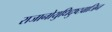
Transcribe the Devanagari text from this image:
राजानोयुधिदुष्टवाजिन